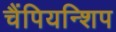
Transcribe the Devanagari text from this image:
चैंपियन्शिप